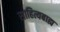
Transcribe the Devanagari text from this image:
साहित्यबाह्य